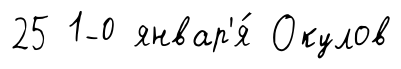
25 1-0 январ'я́ Окулов